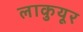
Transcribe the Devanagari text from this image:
लाकुयूर